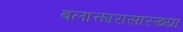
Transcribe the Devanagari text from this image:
बलात्कारासारख्या